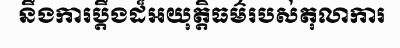
នឹងការប្តឹងដ៏អយុត្តិធម៌របស់តុលាការ